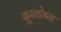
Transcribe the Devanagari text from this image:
दुस्तोष्य